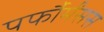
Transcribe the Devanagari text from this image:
पर्फौर्मंसस